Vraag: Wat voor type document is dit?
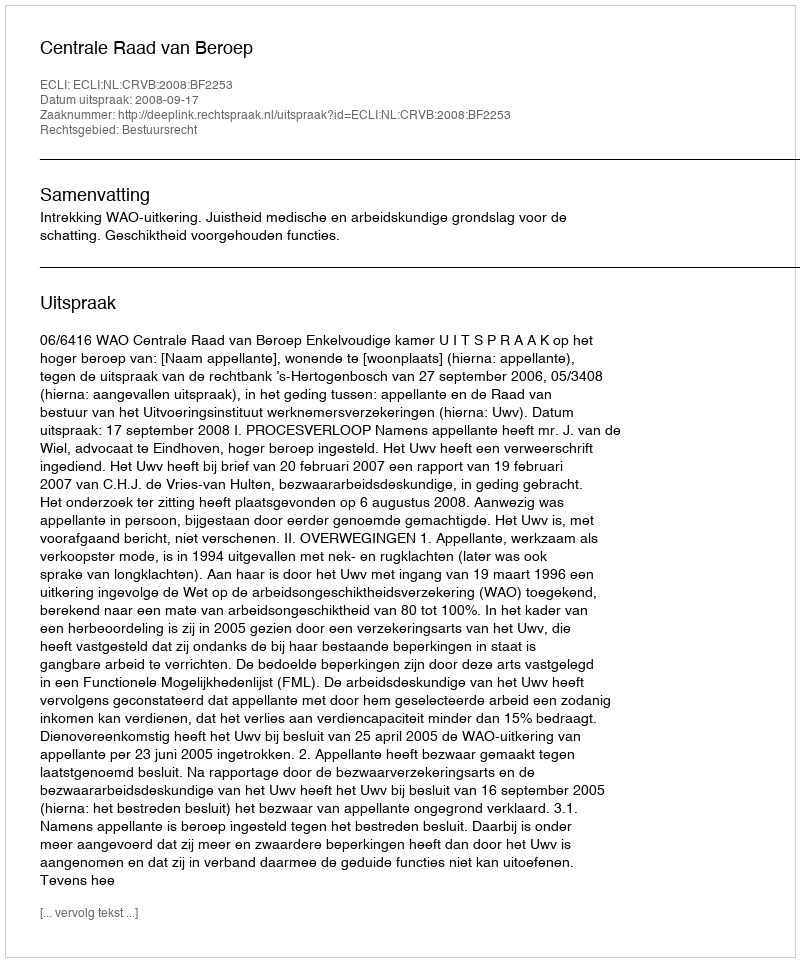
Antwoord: Uitspraak